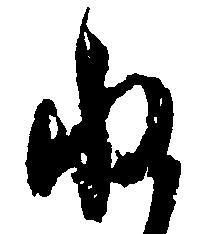
ね